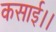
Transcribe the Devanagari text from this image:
कसाई।।